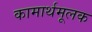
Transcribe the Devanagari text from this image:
कामार्थमूलक